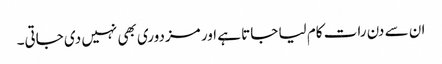
ان سے دن رات کام لیا جاتا ہے اور مزدوری بھی نہیں دی جاتی۔